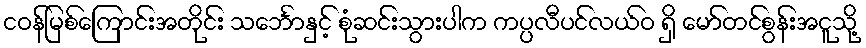
ငဝန်မြစ်ကြောင်းအတိုင်း သင်္ဘောနှင့် စုံဆင်းသွားပါက ကပ္ပလီပင်လယ်ဝ ရှိ မော်တင်စွန်းအငူသို့